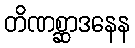
တိဏစ္ဆာဒနေန